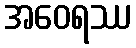
အဝေရဿ